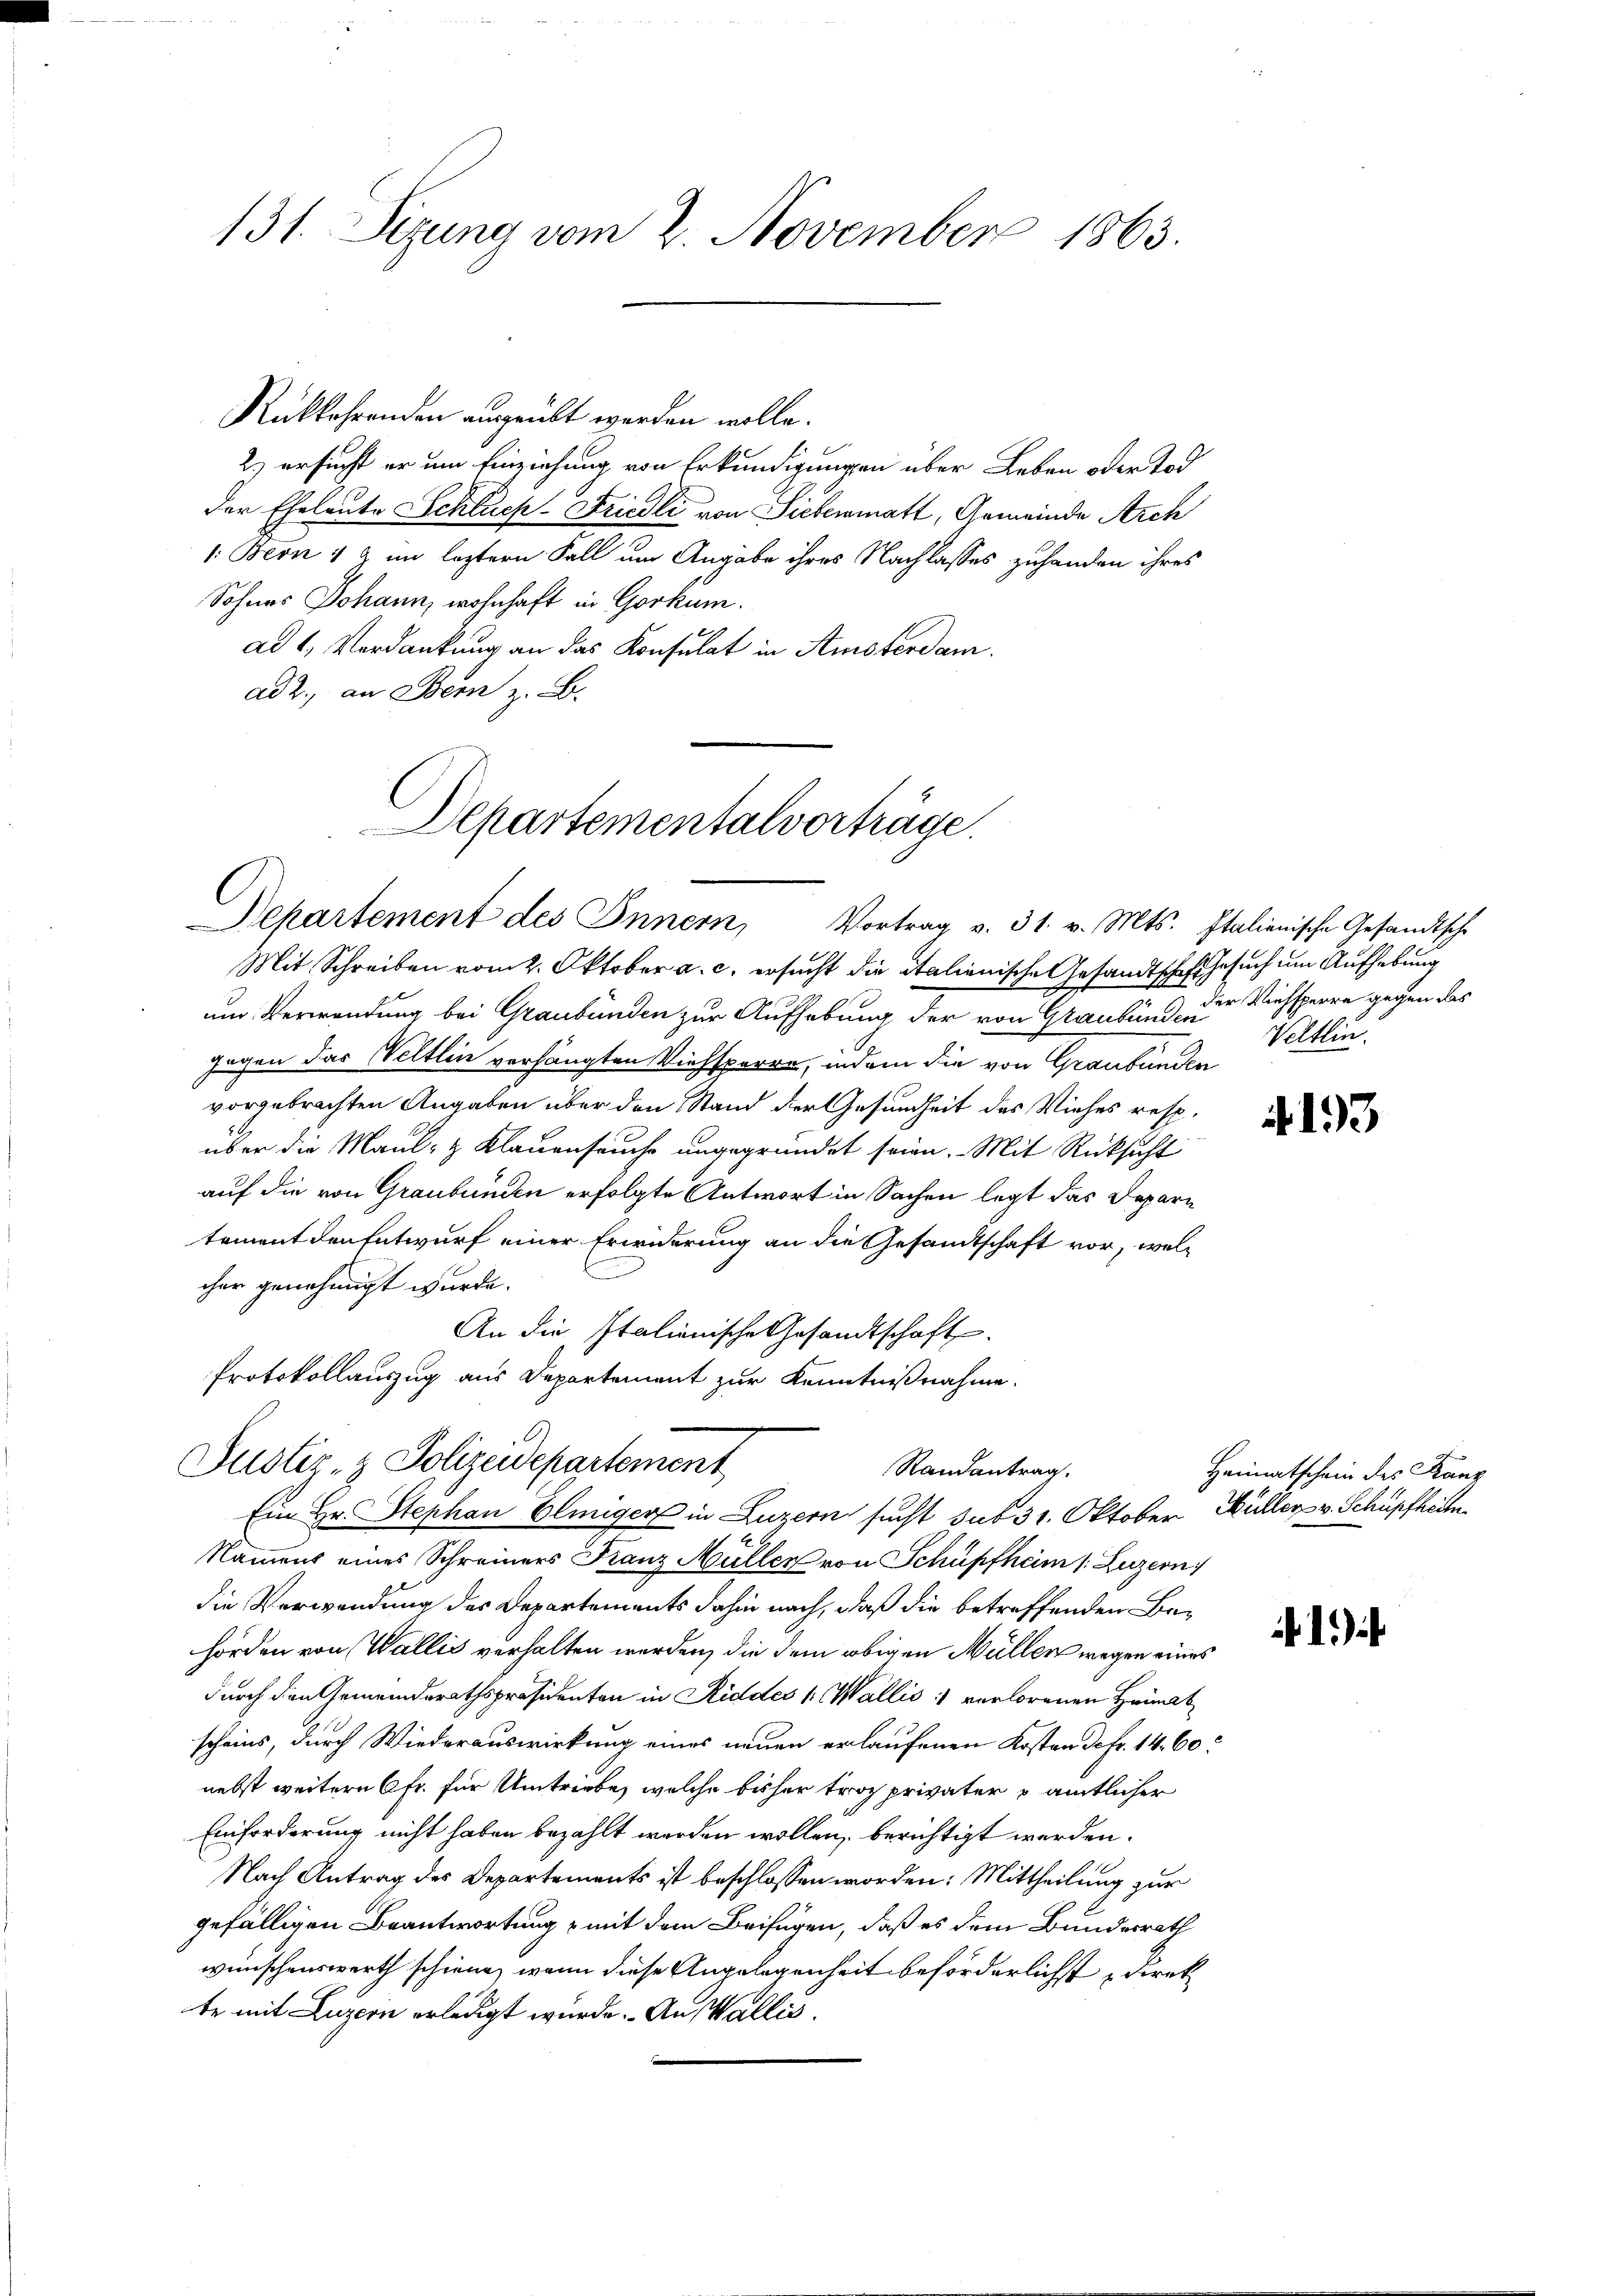
131. Sezung vom 2. November 1863.

Rükkehrenden ausgeübt werden wolle.
2) ersucht er um Einziehung von Erkundigungen über Leben oder Tod
der Eheleute Schluch-Friedli von Siebermatt, Gemeinde Arch
1: Beon 1 & im leztern Fall um Angabe ihres Nachlasses zuhanden ihres
Sohnes Johann, wohnhaft in Gorkum.
ad 1. Verdankung an das Konsulat in Amsterdam.
ad 2., an Bern z. B.

Departementalvorträge.
Dehartement des Innern, Vortrag v. 31. v. Mts. Italienische Gesandtsche

Mit Schreiben vom 2. Oktober a. c. ersucht die italienische Gesandtschaft Gesuch um Aufhebung
und Verwendung bei Graubünden zur Aufhebung der von Graubünde die Viehsperre gegen das
gegen das Weltlin verhängten Viehsperre, indem die von Graubünden
vorgebrachten Angaben über den Stand der Gesundheit des Viehes resp.
über die Maul- & Klauenseuche ungegründet seien. Mit Rücksicht
auf die von Graubünden erfolgte Antwort in Sachen legt das Depari
tement den Entwurf einer Erwiderung an die Gesandtschaft vor, welcher genehmigt wurde.
An die Italienische Gesandtschaft.
Protokollauszug aus Departement zur Kenntnißnahme.

Justiz- & Polizeidepartement
Randantrag.
Ein Hr. Stephan Pliniger in Luzern sucht sub 31. Oktober Müller v. Schüpfheit

Nament eines Schreiners Franz Müller von Schüpfheim s. Luzern
die Verwendung des Departements dahin nach, daß die betreffenden Behörden von Wallis verhalten werden, die dem obigen Müllen wegen eines
durch den Gemeindsrathspräsidenten in Riddes k. Wallis 11 verlorenen Heimat
scheins, durch Wiederauswirkung eines neuen erlaufenen Kosten defr. 14. 60.
nebst weitern 6fr. für Umtriebe, welche bisher troz privater amtlicher
Einforderung nicht haben bezahlt werden wollen, berichtigt werden.
Nach Antrag des Departements ist beschlossen worden: Mittheilung zur
gefälligen Beantwortung & mit dem Beifügen, daß es dem Bundesrath
wünschenswerth schiene, wenn diese Angelegenheit beförderlichst Direkte mit Luzern erledigt wurde. An Wallis,

Veltlin.

4193

Heimatschein des Kanz

)